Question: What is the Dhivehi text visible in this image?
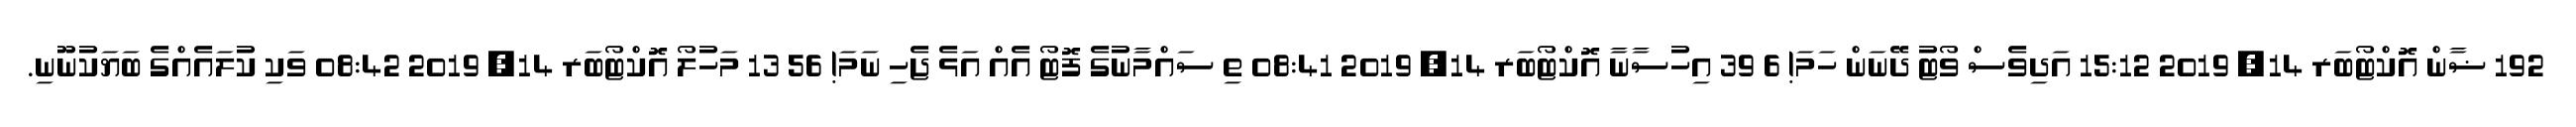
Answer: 192 ޟާން އޮކްޓޯބަރ 14, 2019 15:12 އަދިވެސް ވޯޓު ދޭނަން ހަމަ! 6 39 އިހުސާނާ އޮކްޓޯބަރ 14, 2019 08:41 ތި ސައްމާނުގެ ފޮޓޯ އެއް އަޅެ ޖެހި ނަމަ! 56 13 މަހުލޯ އޮކްޓޯބަރ 14, 2019 08:42 ވަކި ކުލައެއްގެ ބަޔަކުނޫނި.